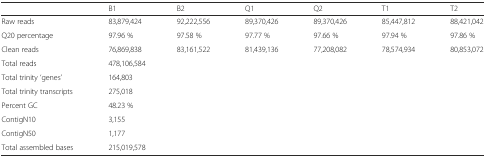
|  | B1 | B2 | Q1 | Q2 | T1 | T2 |
 | --- | --- | --- | --- | --- | --- | --- |
 | Raw reads | 83,879,424 | 92,222,556 | 89,370,426 | 89,370,426 | 85,447,812 | 88,421,042 |
 | Q20 percentage | 97.96 % | 97.58 % | 97.77 % | 97.66 % | 97.94 % | 97.86 % |
 | Clean reads | 76,869,838 | 83,161,522 | 81,439,136 | 77,208,082 | 78,574,934 | 80,853,072 |
 | Total reads | <COLSPAN=6> 478,106,584 |
 | Total trinity ‘genes’ | <COLSPAN=6> 164,803 |
 | Total trinity transcripts | <COLSPAN=6> 275,018 |
 | Percent GC | <COLSPAN=6> 48.23 % |
 | ContigN10 | <COLSPAN=6> 3,155 |
 | ContigN50 | <COLSPAN=6> 1,177 |
 | Total assembled bases | <COLSPAN=6> 215,019,578 |